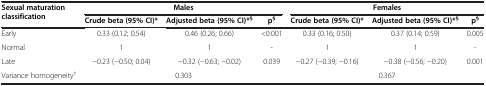
<table><thead><tr><td rowspan="2"><b>Sexual maturation classification</b></td><td colspan="3"><b>Males</b></td><td colspan="3"><b>Females</b></td></tr><tr><td><b>Crude beta (95% CI)*</b></td><td><b>Adjusted beta (95% CI)*<sup>§</sup></b></td><td><b>p<sup>§</sup></b></td><td><b>Crude beta (95% CI)*</b></td><td><b>Adjusted beta (95% CI)*<sup>§</sup></b></td><td><b>p<sup>§</sup></b></td></tr></thead><tbody><tr><td>Early</td><td>0.33 (0.12; 0.54)</td><td>0.46 (0.26; 0.66)</td><td>&lt;0.001</td><td>0.33 (0.16; 0.50)</td><td>0.37 (0.14; 0.59)</td><td>0.005</td></tr><tr><td>Normal</td><td>1</td><td>1</td><td>-</td><td>1</td><td>1</td><td>-</td></tr><tr><td>Late</td><td>−0.23 (−0.50; 0.04)</td><td>−0.32 (−0.63; −0.02)</td><td>0.039</td><td>−0.27 (−0.39; −0.16)</td><td>−0.38 (−0.56; −0.20)</td><td>0.001</td></tr><tr><td>Variance homogeneity<sup>†</sup></td><td colspan="3">0.303</td><td colspan="3">0.367</td></tr></tbody></table>